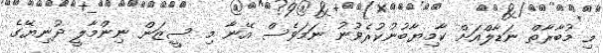
މި މުބާރާތް ނަޑާލްއަށް ކާމިޔާބުނުކުރެވުނު ނަމަވެސް އޭނާ މި ސީޒަން ނިންމާލީ ދުނިޔޭގެ